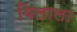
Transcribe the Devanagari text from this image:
विलाला